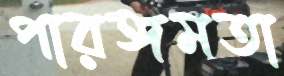
পারঙ্গমতা